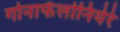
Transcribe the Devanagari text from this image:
गोनाफॅलोनियेरे